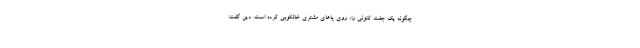
چگونه یک جفت کتونی را، روی پاهای مشتری خالکوبی کرده است. دین گفت: